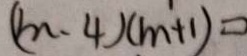
( m - 4 ) ( m + 1 ) =